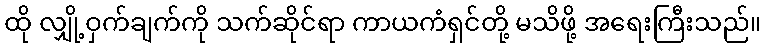
ထို လျှို့ဝှက်ချက်ကို သက်ဆိုင်ရာ ကာယကံရှင်တို့ မသိဖို့ အရေးကြီးသည်။